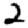
Digit: 2